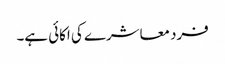
فرد معاشرے کی اکائی ہے۔